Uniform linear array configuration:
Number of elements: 24
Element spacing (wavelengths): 0.5
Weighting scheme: uniform
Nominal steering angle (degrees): -30
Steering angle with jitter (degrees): -31.998
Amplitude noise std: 0.05
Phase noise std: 0.05

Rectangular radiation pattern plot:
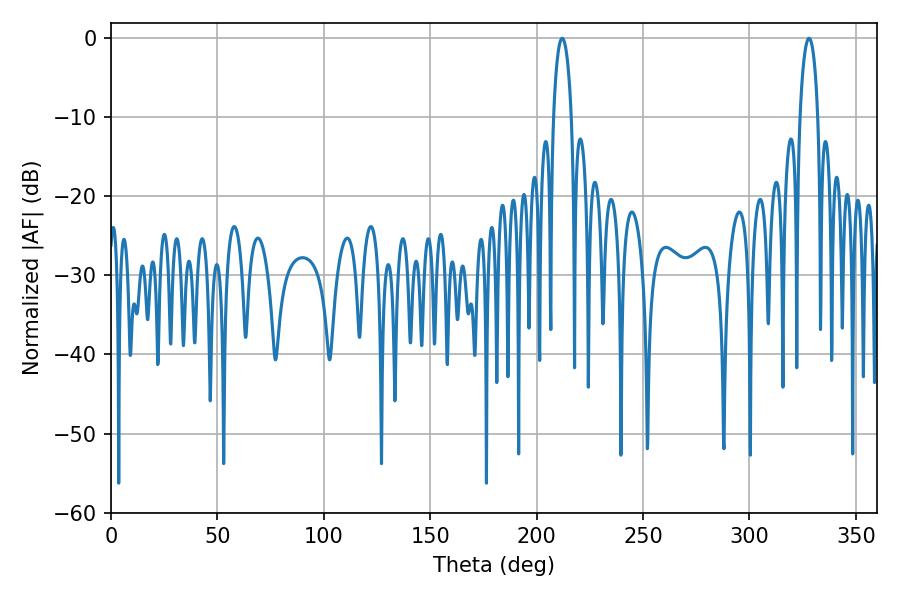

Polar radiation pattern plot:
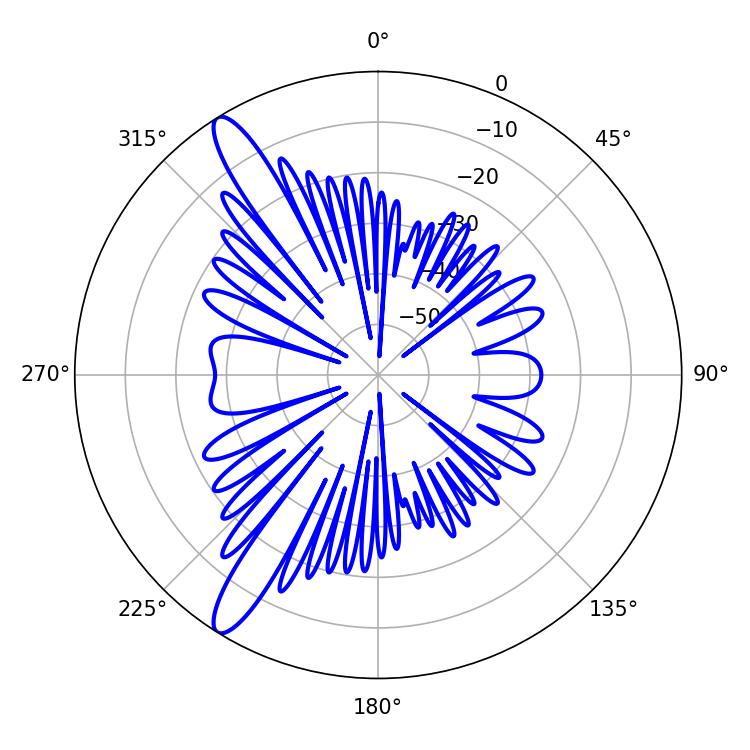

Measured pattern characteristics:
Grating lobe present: FALSE
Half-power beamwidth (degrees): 4.68
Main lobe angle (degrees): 212.04